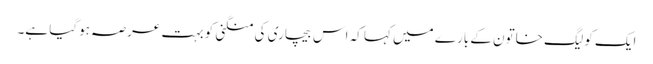
ایک کولیگ خاتون کے بارے میں کہا کہ اس بیچاری کی منگنی کو بہت عرصہ ہوگیا ہے۔